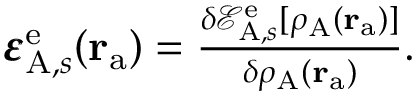
\begin{array} { r } { \pmb { \varepsilon } _ { \mathrm { A } , s } ^ { \mathrm { e } } ( \mathbf { r } _ { \mathrm { a } } ) = \frac { \delta \mathcal { E } _ { \mathrm { A } , s } ^ { \mathrm { e } } [ \rho _ { \mathrm { A } } ( \mathbf { r } _ { \mathrm { a } } ) ] } { \delta \rho _ { \mathrm { A } } ( \mathbf { r } _ { \mathrm { a } } ) } . } \end{array}